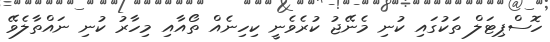
ހޮސްޕިޓަލް ތަކުގައި ކުނި މެނޭޖު ކުރެވެނީ ކިހިނެއް ތޯއާއި މިހާރު ކުނި ނައްތާލެވޭ